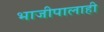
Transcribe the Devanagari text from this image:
भाजीपालाही